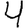
Digit: 4